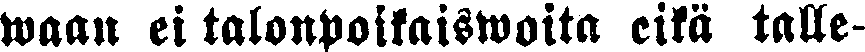
waan ei talonpoikaiswoita eikä talle-